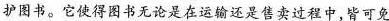
护图书。它使得图书无论是在运输还是售卖过程中，皆可免